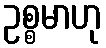
ဥစ္စမာဟု